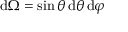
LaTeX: \mathrm { d } \Omega = \sin \theta \, \mathrm { d } \theta \, \mathrm { d } \varphi